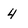
Character: 4